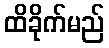
ထိခိုက်မည်